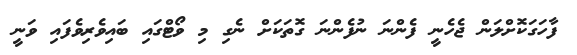
ފާހަގަކޮށްލަން ޖެހެނީ ފެންނަ ނުފެންނަ ގޮތަކަށް ނެގި މި ވޯޓްގައި ބައިވެރިވެފައި ވަނީ